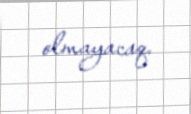
olmayacaq.